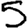
Digit: 5